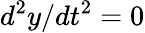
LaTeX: {d^{2}y}/{dt^{2}}=0